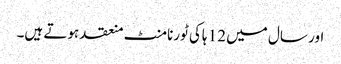
اور سال میں 12 ہاکی ٹورنامنٹ منعقد ہوتے ہیں۔